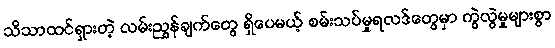
သိသာထင်ရှားတဲ့ လမ်းညွှန်ချက်တွေ ရှိပေမယ့် စမ်းသပ်မှုရလဒ်တွေမှာ ကွဲလွဲမှုများစွာ